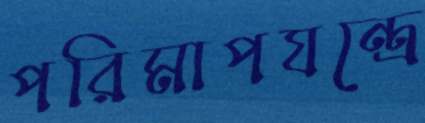
পরিমাপযন্ত্রে